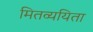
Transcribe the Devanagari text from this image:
मितव्‍ययिता